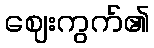
ဈေးကွက်၏